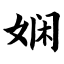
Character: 娴